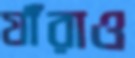
যাঁরাও